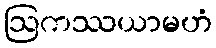
ဩကဿယာမဟံ